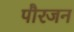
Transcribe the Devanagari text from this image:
पौरजन